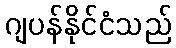
ဂျပန်နိုင်ငံသည်